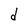
Character: d